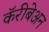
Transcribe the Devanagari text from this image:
कॅरीबेअन